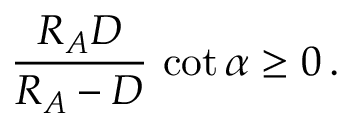
{ \frac { R _ { A } D } { R _ { A } - D } } \, \cot \alpha \ge 0 \, .